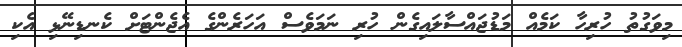
މިވަގުތު ހުރިހާ ކަމެއް މަޑުޖައްސާލައިގެން ހުރި ނަމަވެސް އަހަރެންގެ އެޖެންޓަށް ކެނޑިނޭޅި އެކި